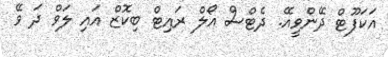
އަކަފޫޓް ދޭންވީއޭ. ދެޓްސް އޯލް ރައިޓް ބިކޮޒް އައި ލަވް ދަ ވޭ